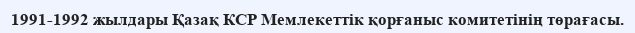
1991-1992 жылдары Қазақ КСР Мемлекеттік қорғаныс комитетінің төрағасы.